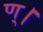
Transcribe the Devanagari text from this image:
ण्।